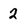
Character: 2